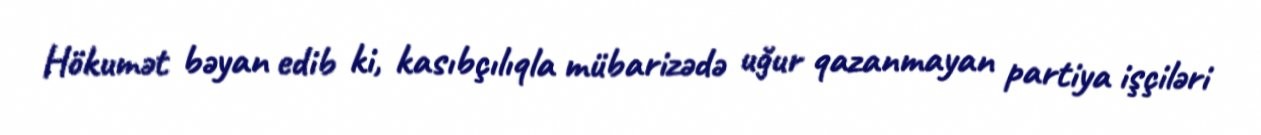
Hökumət bəyan edib ki, kasıbçılıqla mübarizədə uğur qazanmayan partiya işçiləri